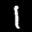
Label: 1